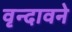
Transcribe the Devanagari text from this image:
वृन्दावने